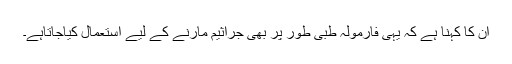
ان کا کہنا ہے کہ یہی فارمولہ طبی طور پر بھی جراثیم مارنے کے لیے استعمال کیاجاتاہے۔